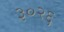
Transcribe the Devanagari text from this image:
३०२६